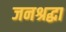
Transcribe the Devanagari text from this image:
जनश्रद्धा